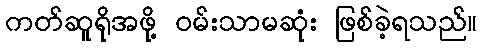
ကတ်ဆူရိုအဖို့ ဝမ်းသာမဆုံး ဖြစ်ခဲ့ရသည်။